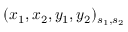
( x _ { 1 } , x _ { 2 } , y _ { 1 } , y _ { 2 } ) _ { s _ { 1 } , s _ { 2 } }